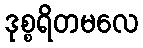
ဒုစ္စရိတမလေ